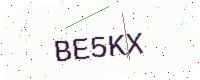
Text: BE5KX